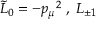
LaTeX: \tilde { L } _ { 0 } = - { p _ { \mu } } ^ { 2 } \; , \; L _ { \pm 1 }